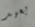
بعيد